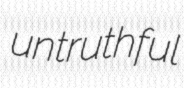
untruthful